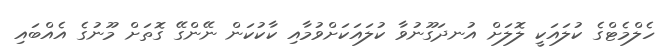
ހެލްމެޓްގެ ކުލައަކީ ލޮލަށް އުނދަގޫނުވާ ކުލައަކަށްވުމާއި ކާކުކަން ނޭންގޭ ގޮތަށް މޫނުގެ އެއްބައި